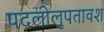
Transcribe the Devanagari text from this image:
पदलोलुपतावश